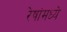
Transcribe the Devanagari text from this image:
रेषांमध्ये